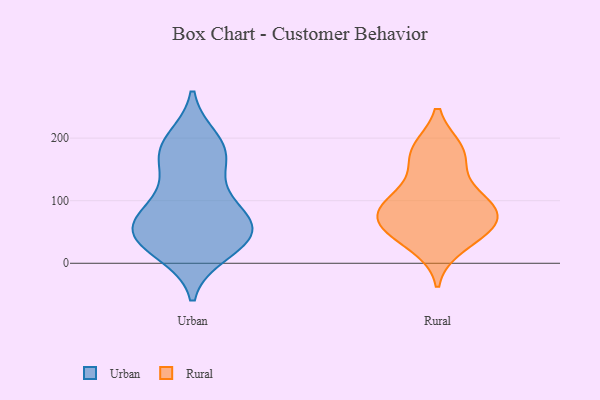
{"axis": {"x": "Headcount", "y": "Value"}, "legend": ["Rural", "Urban"], "data": [{"x": "", "y": 178, "type": "Urban"}, {"x": "", "y": 103, "type": "Urban"}, {"x": "", "y": 45, "type": "Urban"}, {"x": "", "y": 48, "type": "Urban"}, {"x": "", "y": 170, "type": "Urban"}, {"x": "", "y": 69, "type": "Urban"}, {"x": "", "y": 20, "type": "Urban"}, {"x": "", "y": 195, "type": "Urban"}, {"x": "", "y": 58, "type": "Urban"}, {"x": "", "y": 44, "type": "Urban"}, {"x": "", "y": 172, "type": "Urban"}, {"x": "", "y": 92, "type": "Urban"}, {"x": "", "y": 36, "type": "Urban"}, {"x": "", "y": 166, "type": "Rural"}, {"x": "", "y": 96, "type": "Rural"}, {"x": "", "y": 107, "type": "Rural"}, {"x": "", "y": 47, "type": "Rural"}, {"x": "", "y": 72, "type": "Rural"}, {"x": "", "y": 78, "type": "Rural"}, {"x": "", "y": 29, "type": "Rural"}, {"x": "", "y": 102, "type": "Rural"}, {"x": "", "y": 65, "type": "Rural"}, {"x": "", "y": 180, "type": "Rural"}, {"x": "", "y": 180, "type": "Rural"}, {"x": "", "y": 59, "type": "Rural"}]}